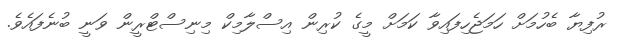
ރުފިޔާ ބެހުމަށް ހަމަޖެހިފައިވާ ކަމަށް މީގެ ކުރިން އިސްލާމިކް މިނިސްޓްރީން ވަނީ ބުނެފައެވެ.